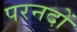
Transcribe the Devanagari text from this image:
परनदों